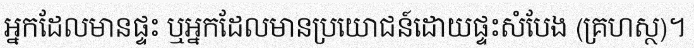
អ្នកដែលមានផ្ទះ ឬអ្នកដែលមានប្រយោជន៍ដោយផ្ទះសំបែង (គ្រហស្ថ)។